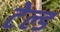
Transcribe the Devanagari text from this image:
टेल्ड